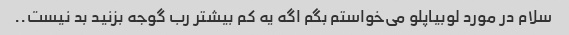
سلام در مورد لوبیاپلو می‌خواستم بگم اگه یه کم بیشتر رب گوجه بزنید بد نیست..